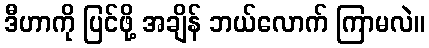
ဒီဟာကို ပြင်ဖို့ အချိန် ဘယ်လောက် ကြာမလဲ။